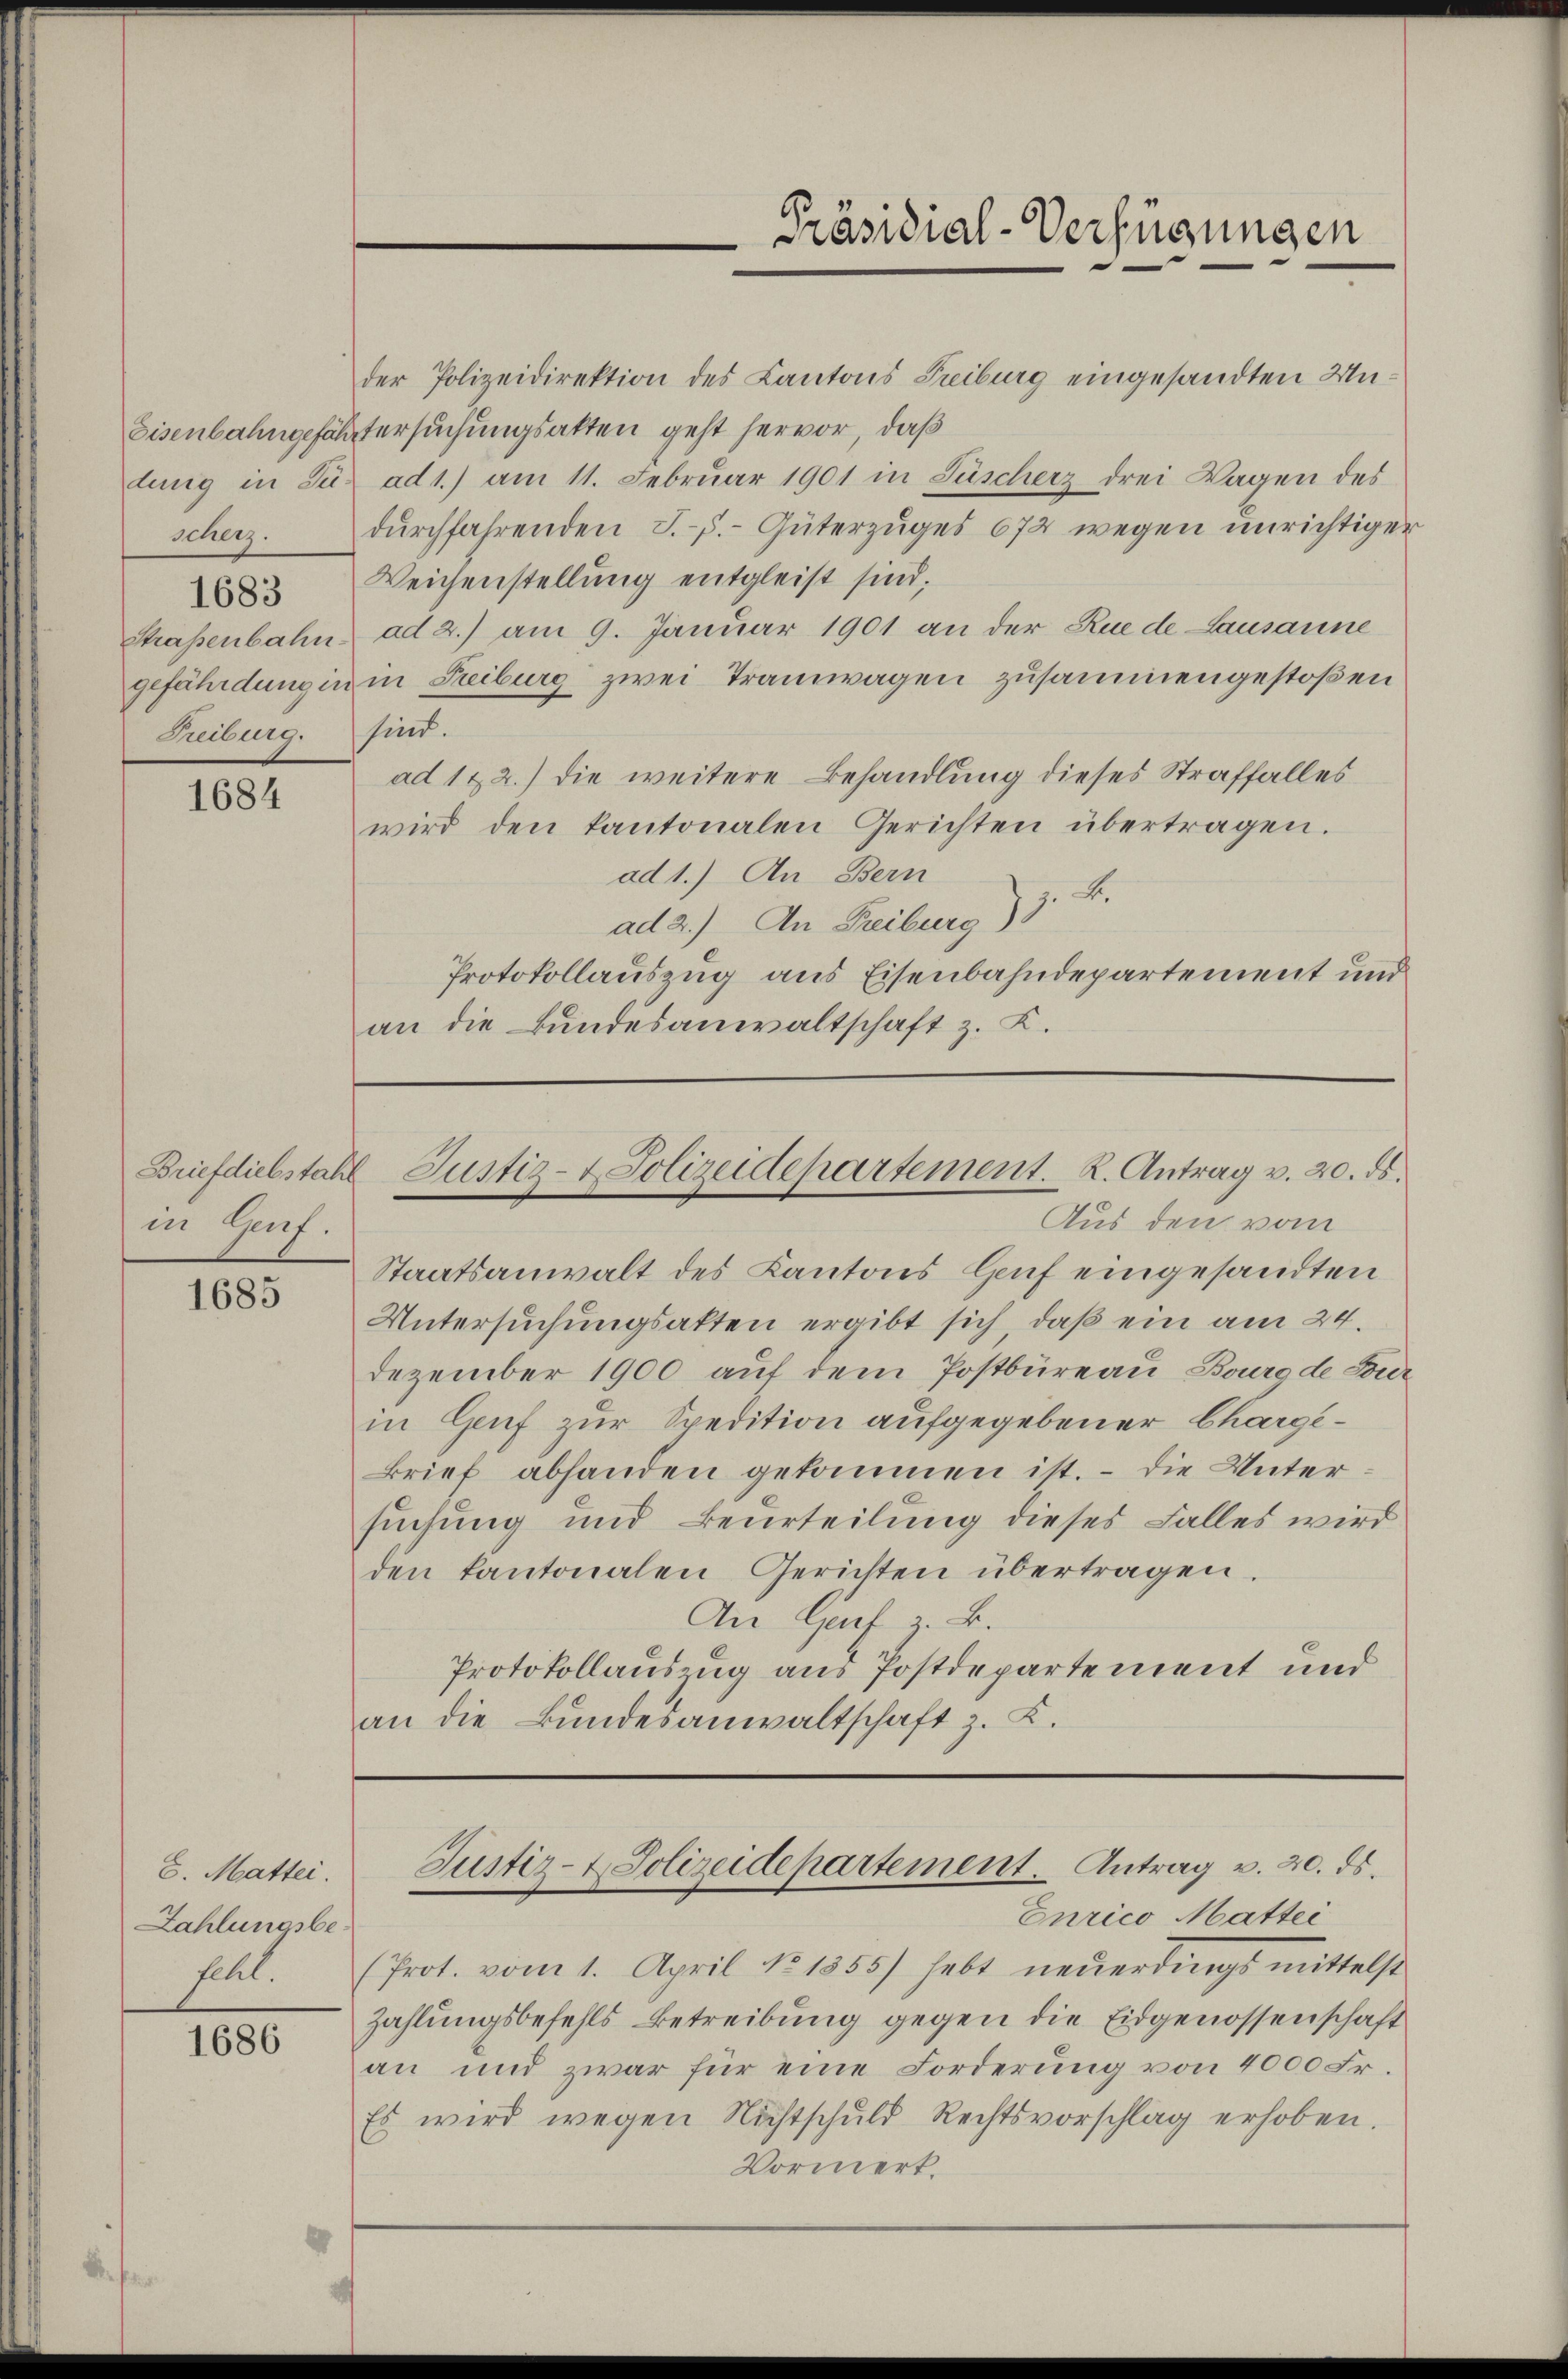
scherz.
1683
Treiburg.

1684

Briefdiebstahl
in Genf.

1685

8. Matter.
Zahlungsbe¬

1686

der Polizeidirektion des Cantons Treiburg eingesandten Un¬
Eisenbahngefährtersuchungsakten geht hervor, daß
dung in Sur ad 1.) am 11. Februar 1901 in Fischerz drei Wagen des
dŭrchfahrenden J. P. Güterzuges 674 wegen unrichtiger
Weichenstellung entgleist sind;
Strassenbahn ad 2.) am 9. Januar 1901 an der Rue de Lausanne
gefährdung in in Treiburg zwei Tramwagen zusammengestoßen
sind.
ad 1 & 2.) die weitere Behandlung dieses Straffalles
wird den kantonalen Gerichten übertragen.
ad 1.) An Bern
ad 2.) An Freiburg) u.
Protokollauszug aus Eisenbahndepartement und
an die Bundesanwaltschaft z. K.

Aus den vom
Staatsanwalt des Kantons Genf eingesandten
Untersuchungsakten ergibt sich, daß ein am 24.
Dezember 1900 auf dem Postbüreau Burgde Tour
in Genf zur Spedition aufgegebener Charge¬
Brief abhanden gekommen ist. – Die Untersuchung und Beurteilung dieses Falles wird
den kantonalen Gerichten übertragen.
An Genf z. B.
Protokollauszug aus Postdepartement und
an die Bundesanwaltschaft z. K.

Präsidial-Verfügungen

Justiz- & Polizeidepartement. K. Antrag v. 20. ds.

Justiz- & Polizeidepartement. Antrag v. 20. ds.

Curico Mattei
fehl. (Prot. vom 1. April No 1355) hebt neŭerdings mittelst
Zahlungsbefehls Betreibung gegen die Eidgenossenschaft
an und zwar für eine Forderung von 4000 Fr.
Es wird wegen Nichtschuld Rechtsvorschlag erhoben.
Vormerk.